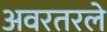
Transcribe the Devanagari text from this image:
अवरतरले